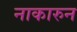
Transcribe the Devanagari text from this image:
नाकारुन